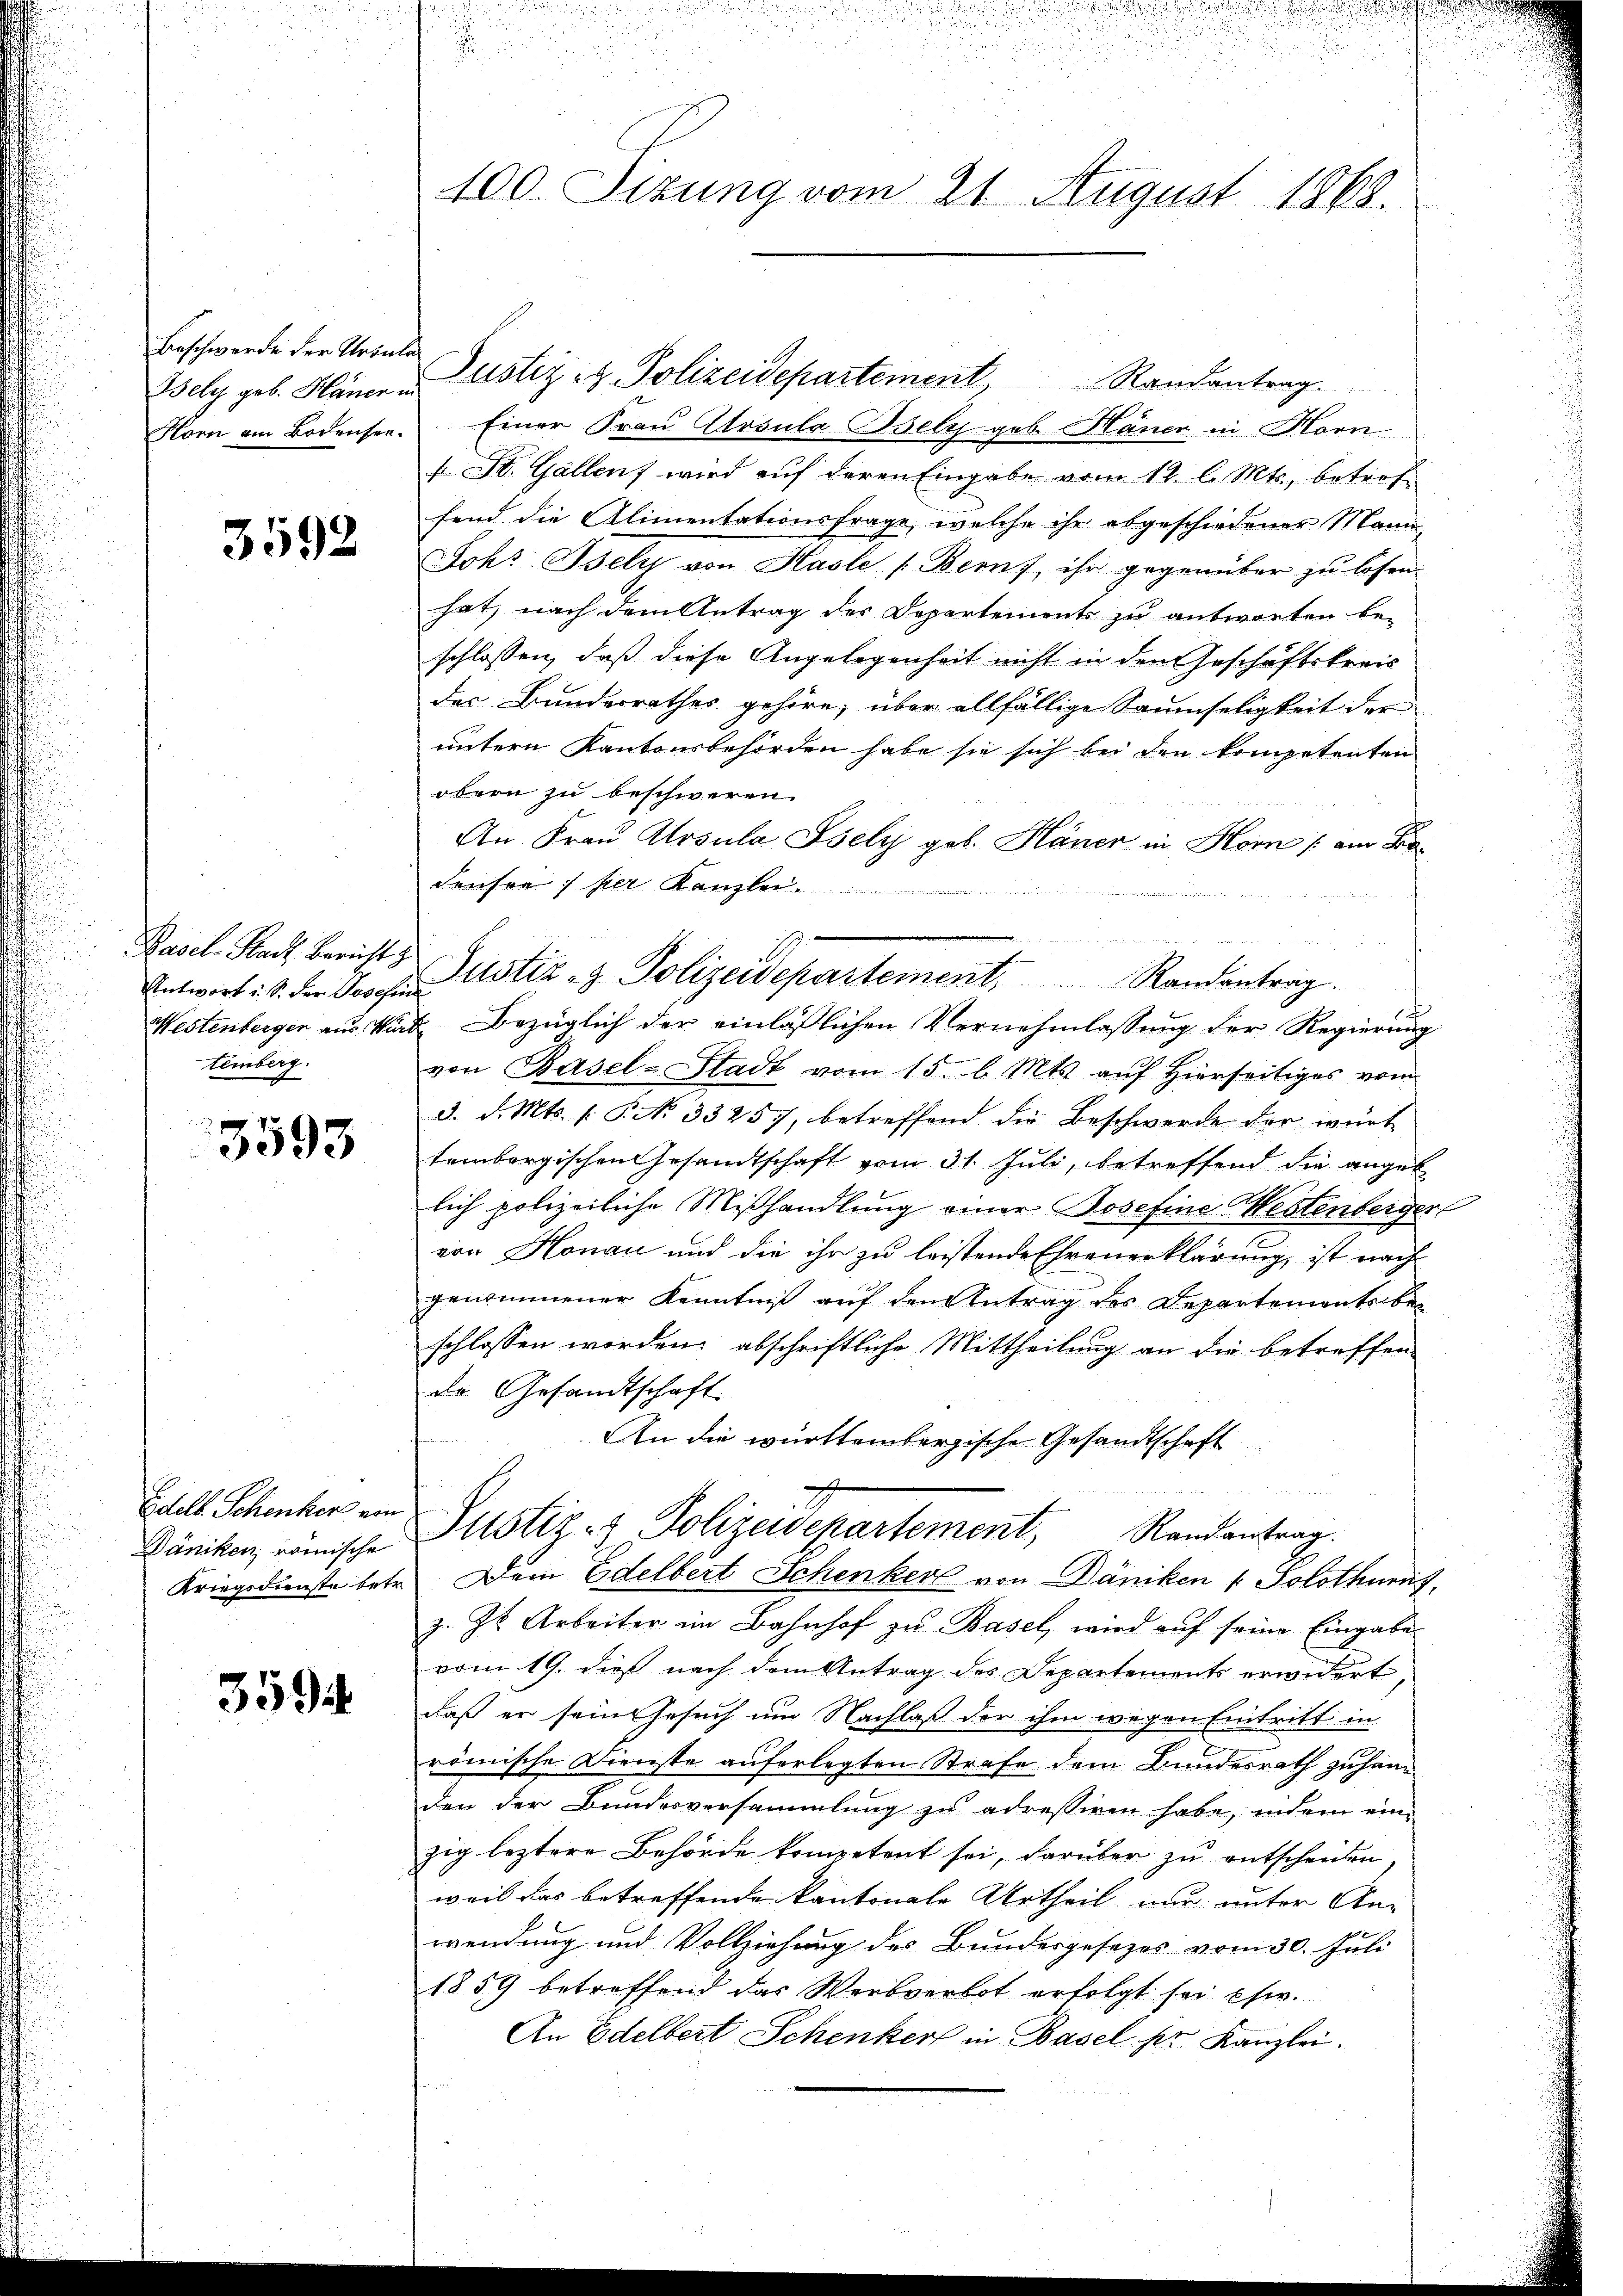
Beschwerde der Ursula
Bely geb. Häner in
Hon am Bodensee.

3592

Basel-Stadt Bericht z
Antwort i. S. der Josefin
Westenberger aus Wür
temberg.

1
3593

Edelb. Schenker von
Däniken, römische
Kriegsdienste betr.

3594

.
100. Sizung vom 21. August 1868

Justiz- & Polizeidepartement, Randantrag.
Einer Frau Ursula Isely geb. Häner in Morn
t St. Gallen wird auf deren Eingabe vom 12. l. Mts., betreffend die Alimentationsfrage, welche ihr abgeschiedener Mann,
Johs. Isely von Hasle [Beruf, ihr gegenüber zu lösen.
hat, nach dem Antrag der Departements zu antworten beschlossen, daß diese Angelegenheit nicht in den Geschäftskreis
des Bundesrathes gehöre; über allfällige Saumseligkeit der
untern Kantonsbehörden habe sie sich bei den kompetenten
obern zu beschweren.
An Frau Arsula Isely geb. Häner in Horn (am Fradenser per Kanzle

von Basel-Stadt vom 15. d. Mts. auf Hierseitiges vom
3. d. Mts. 1. P. No. 33257, betreffend die Beschwerde der würt
tembergischen Gesandtschaft vom 31. Juli, betreffend die angeb
lich polizeiliche Mißhandlung einer Bosefine Westenbergerl
ern Honau und die ihr zu leistende Ehrenerklärung, ist nach
genommener Kenntniß auf den Antrag des Departementobe
schlossen worden, abschriftliche Mittheilung an die betreffende Gesandtschaft
An die württembergische Gesandtschaft
d
Justiz- & Polizeidepartement, Randantrag
Dem Edelbert Schenkerl von Däniken 1. Solothurn
z. Zt. Arbeiter im Bahnhof zu Basel, wird auf seine Eingabe
vom 19. dieß nach dem Antrag des Departements erwidert
daß er sein Gesuch um Nachlaß der ihm wegen Eintritt in
römische Dienste auferlegten Strafe dem Bundesrath zu handen der Bundesversammlung zu adressiren habe, indem ein
zig leztere Behörde kompetent sei, darüber zu entscheiden,
weil das betreffende kantonale Urtheil nur unter An-
wendung und Vollziehung des Bundesgesezes vom 30. Juli
1859 betreffend das Werbverbot erfolgt sei esw.
An Edelbert Schenker in Basel. pr. Kanzlei.

Justiz- & Polizeidepartement. Randantrag.
u. Bezüglich der einläßlichen Vernehmlassung der Regierung